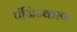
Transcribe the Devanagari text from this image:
पंजिज्करण